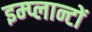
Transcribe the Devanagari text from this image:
इम्प्लान्टों